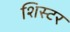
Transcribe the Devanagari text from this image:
शिस्टर